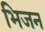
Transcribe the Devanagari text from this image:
भिजन